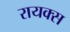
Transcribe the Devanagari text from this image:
रायक्स